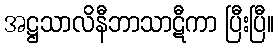
အဋ္ဌသာလိနီဘာသာဋီကာ ပြီးပြီ။